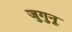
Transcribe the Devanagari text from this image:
जुगुनू